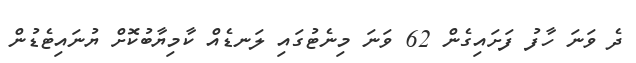
ދެ ވަނަ ހާފު ފަށައިގެން 62 ވަނަ މިނެޓުގައި ލަނޑެއް ކާމިޔާބުކޮށް ޔުނައިޓެޑުން